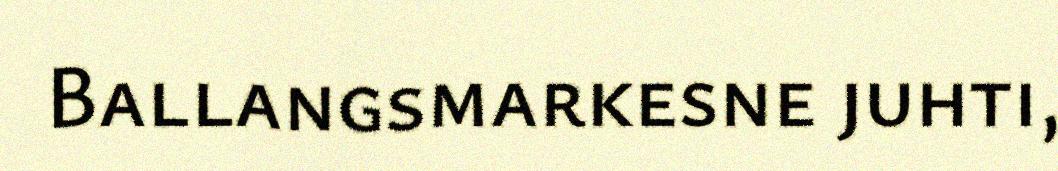
Ballangsmarkesne juhti,